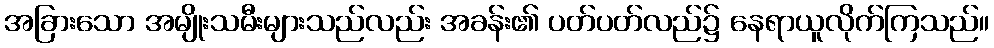
အခြားသော အမျိုးသမီးများသည်လည်း အခန်း၏ ပတ်ပတ်လည်၌ နေရာယူလိုက်ကြသည်။